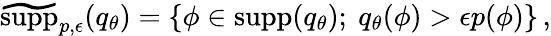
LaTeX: \begin{array}{r}{\widetilde{\mathrm{supp}}_{p,\epsilon}(q_{\theta})=\{ \phi\in\mathrm{supp}(q_{\theta});\ q_{\theta}(\phi)>\epsilon p(\phi)\} \, ,}\end{array}